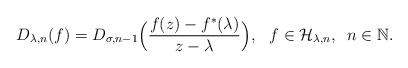
LaTeX: \begin{align*}D_{\lambda,n}(f)= D_{\sigma,n-1} \Big(\frac{f(z)-f^{*}(\lambda)}{z-\lambda}\Big),\,\,\,\,f\in\mathcal H_{\lambda,n},\,\,\,n\in\mathbb N. \end{align*}